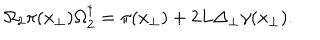
\Omega _ { 2 } \pi ( x _ { \perp } ) \Omega _ { 2 } ^ { \dagger } = \pi ( x _ { \perp } ) + { 2 L } \Delta _ { \perp } \gamma ( x _ { \perp } ) .